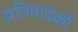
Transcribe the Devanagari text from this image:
प्रतिपादर्को